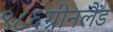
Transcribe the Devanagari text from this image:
९८६ग्रीनलैंड